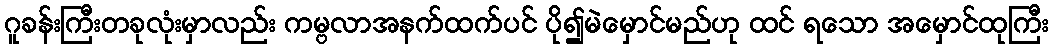
ဂူခန်းကြီးတခုလုံးမှာလည်း ကမ္ဗလာအနက်ထက်ပင် ပို၍မဲမှောင်မည်ဟု ထင် ရသော အမှောင်ထုကြီး